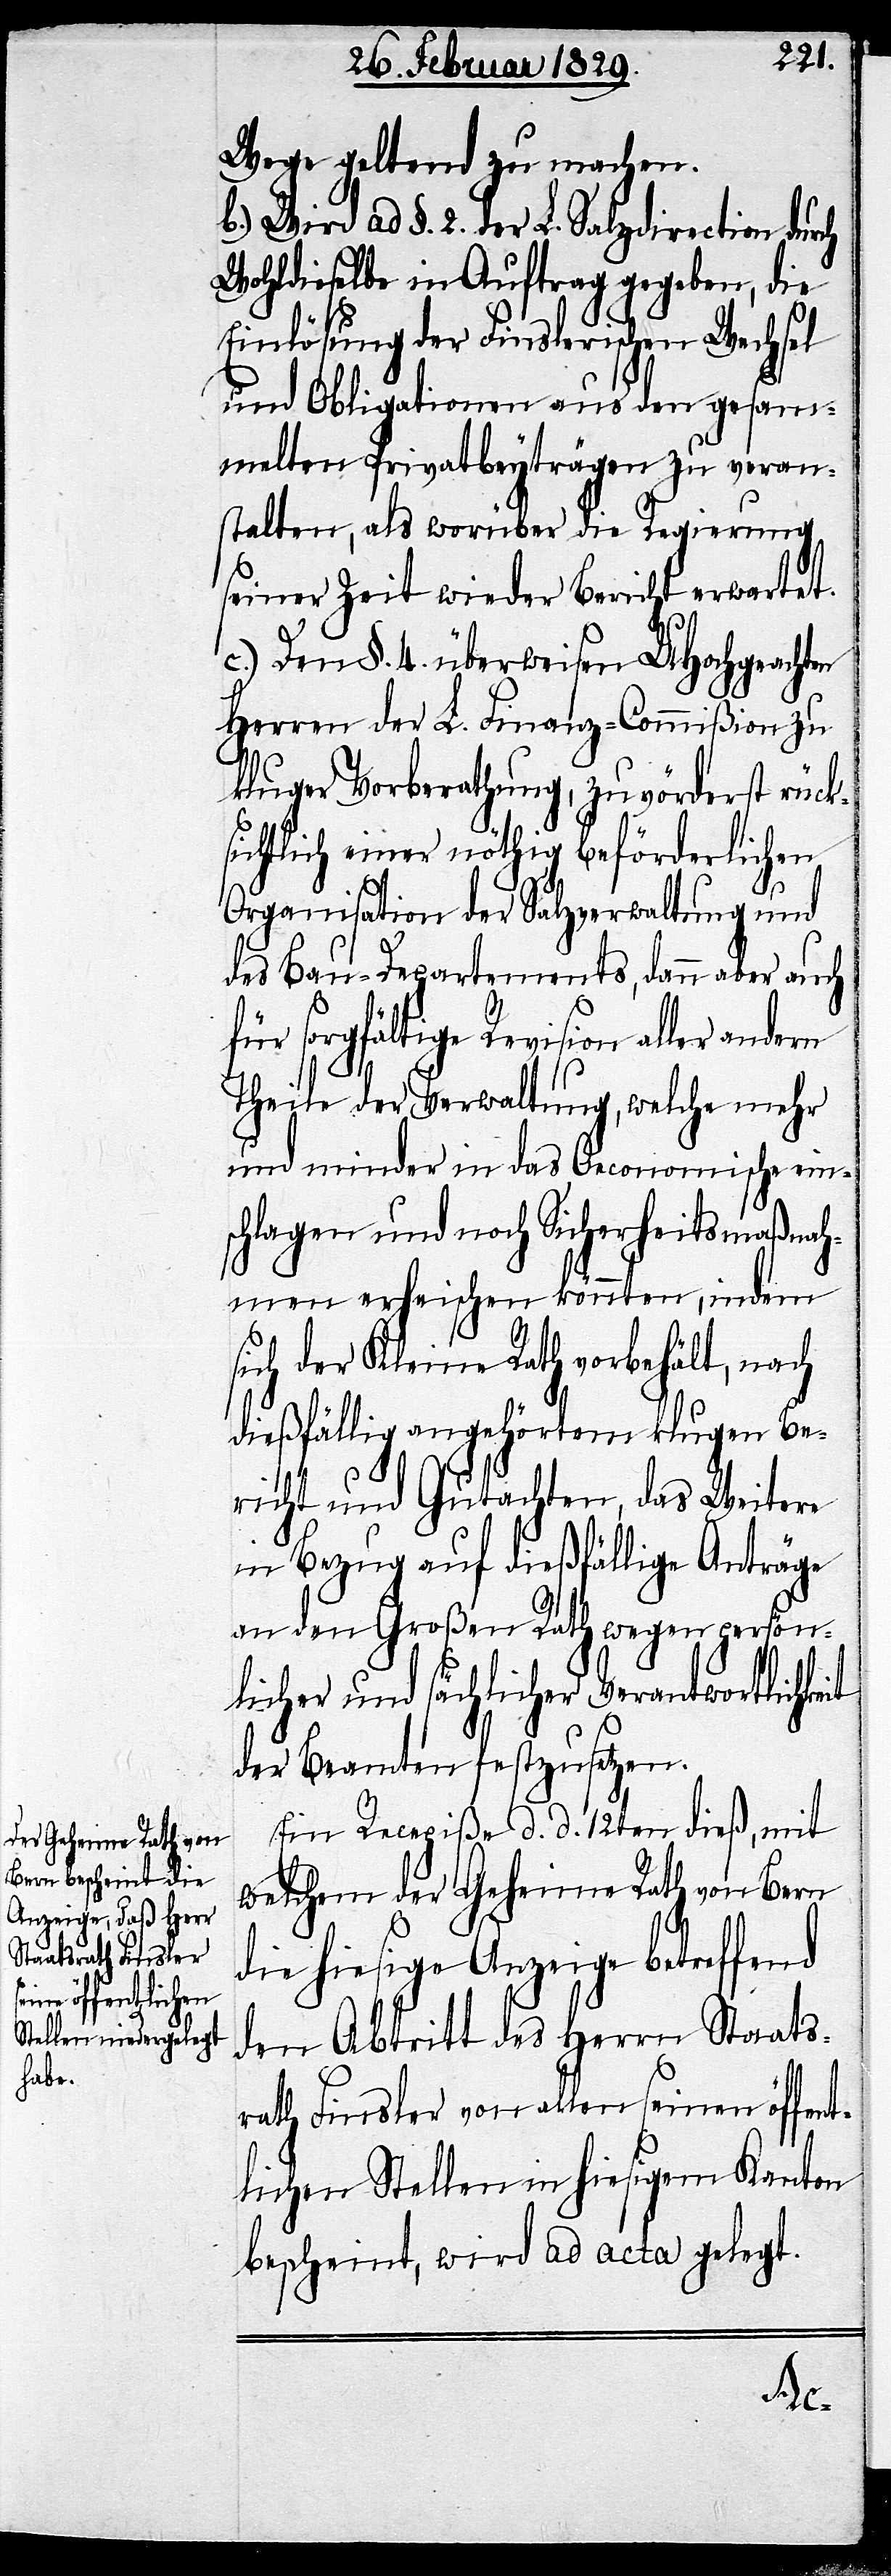
Wege geltend zum machen.
b.) Wird ad §. 2. der L. Salzdirection durch
Wohldieselbe in Auftrag gegeben, die
Einlösung der Finslerischen Wechsel
und Obligationen aus den gesam¬
melten Privatbeyträgen zu veran¬
stalten, als worüber die Regierung
seiner Zeit wieder Bericht erwartet.
c.) Den §. 4. überweisen UHochgeachten
Herren der L. Finanz-Commißion zu
kluger Vorberathung, zuvörderst rück¬
sichtlich einer nöthigen beförderlichen
Organisation der Salzverwaltung und
des Bau-Departements, dann aber auch
für sorgfältige Revision aller
Theile der Verwaltung, welche mehr
und minder in das Oeconomische ein¬
schlagen und noch Sicherheitsmaßnah¬
men erheischen könnten, indem
sich der Kleine Rath vorbehält, nach
dießfällig angehörtem klugen Be¬
richt und Gutachten, das Weitere
in Bezug auf dießfällige Anträge
an den Großen Rath wegen persön¬
licher und sächlicher Verantwortlichke¬
der Beamten festzusetzen.
Ein Recepiße d. d. 12ten dieß, mit
welchem der Geheime Rath von Bern
die hiesige Anzeige betreffend
den Abritt des Herrn Staats¬
rath Finsler von allen seinen öffent¬
lichen Stellen in hiesigem Kanton
bescheint, wird ad acta gelegt.
it